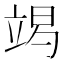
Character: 𱷧